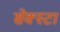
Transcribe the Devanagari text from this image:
सेक्स्टा